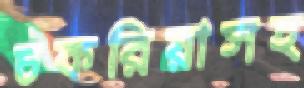
চকরিয়াসহ